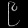
Digit: ၉